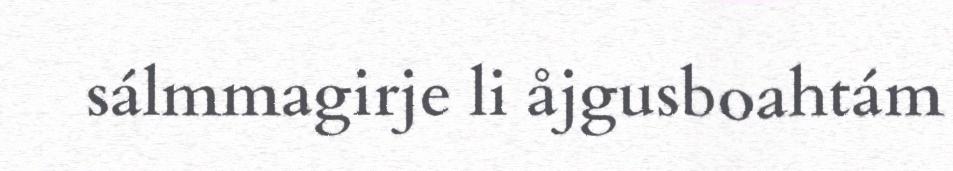
sálmmagirje li åjgusboahtám